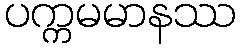
ပက္ကမမာနဿ